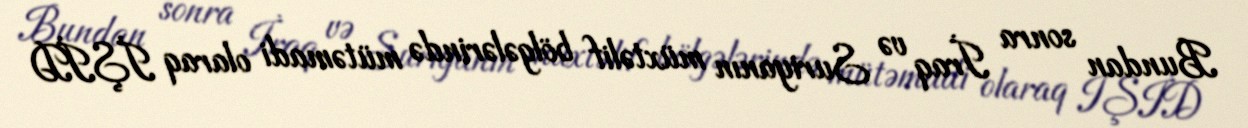
Bundan sonra İraq və Suriyanın müxtəlif bölgələrində mütəmadi olaraq İŞİD